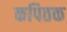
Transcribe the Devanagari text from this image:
कपितक